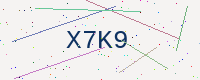
Text: X7K9